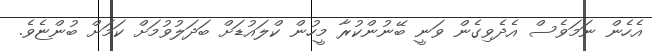
އެހެން ނަމަވެސް އެދެވިގެން ވަނީ ބޭނުންކުރާ މީހުން ކްލައުޑަށް ބަދަލުވުމަށް ކަމަށް ބުންޏެވެ.